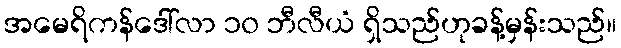
အမေရိကန်ဒေါ်လာ ၁၀ ဘီလီယံ ရှိသည်ဟုခန့်မှန်းသည်။